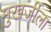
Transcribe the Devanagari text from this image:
मुखर्जीला